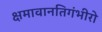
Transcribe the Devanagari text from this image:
क्षमावानतिगंभीरो